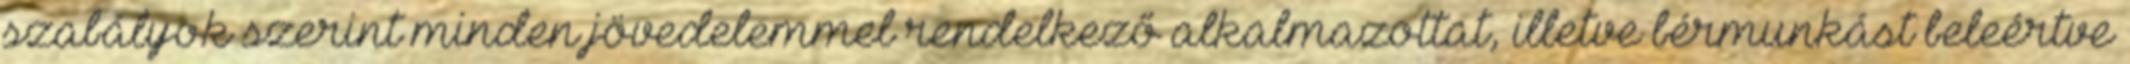
szabályok szerint minden jövedelemmel rendelkező alkalmazottat, illetve bérmunkást beleértve